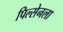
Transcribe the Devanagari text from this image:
पिल्सेनला